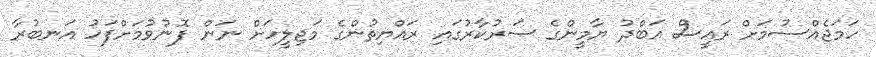
ހަމަޖެއްސުމަށް ރައީސް އަބްދު ޔާމީންގެ ސަރުކާރުގައި ރައްޔިތުންގެ މަޖިލީހަށް ނަން ފޮނުވުމަށްފަހު އަނބުރާ